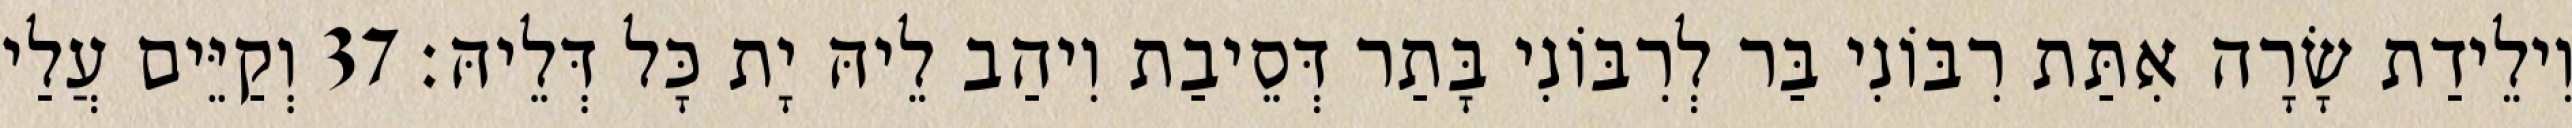
וִילֵידַת שָׂרָה אִתַּת רִבּוֹנִי בַּר לְרִבּוֹנִי בָּתַר דְּסֵיבַת וִיהַב לֵיהּ יָת כָּל דְּלֵיהּ׃ 37 וְקַיֵּים עֲלַי